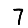
Digit: 7